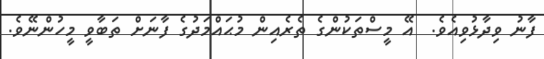
ފާނު ވިދާޅުވިއެވެ.  އޭ މީސްތަކުންގެ ތެރެއިން މުޙައްމަދުގެ ފާނަށް ތަބާވީ މީހުންނޭވެ.